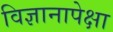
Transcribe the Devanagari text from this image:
विज्ञानापेक्षा